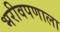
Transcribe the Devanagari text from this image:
भरीवपणाला